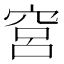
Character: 𬔉